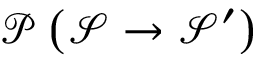
\mathcal { P } \left( \mathcal { S } \rightarrow \mathcal { S } ^ { \prime } \right)